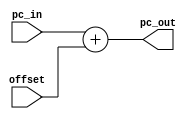
`timescale 1ns / 1ps
//////////////////////////////////////////////////////////////////////////////////
// Company: 
// Engineer: 
// 
// Design Name: 
// Module Name: Offset
// Project Name: 
// Target Devices: 
// Tool Versions: 
// Description: 
// 
// Dependencies: 
// 
// Revision:
// Revision 0.01 - File Created
// Additional Comments:
// 
//////////////////////////////////////////////////////////////////////////////////


module Offset(
    input [7:0] pc_in,
    input [7:0] offset,
    output [7:0] pc_out
    );
    assign pc_out = pc_in + offset;
endmodule